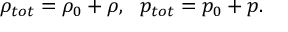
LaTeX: \rho _ { t o t } = \rho _ { 0 } + \rho , \ \ p _ { t o t } = p _ { 0 } + p .